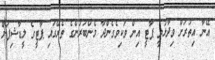
އޭނާ އިތުރަށް ވިދާޅުވީ ޕާޓީ އިން ވަކިވެގެންދާ މެންބަރުންގެ ތެރޭގައި ޕާޓީގެ ލީޑާޝިޕަށް